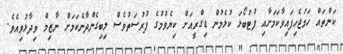
ކަންތައް ހަމަޖެހިފައިވާކަމަށާއި ފުޓުބޯޅަ ކުޅެމުން ޑިގްރީއަށް ކިޔެވުމުގެ ފުރުސަތުވެސް ލިބިގެންދާނެކަމަށް ނާޒިމް ވިދާޅުވިއެވެ.